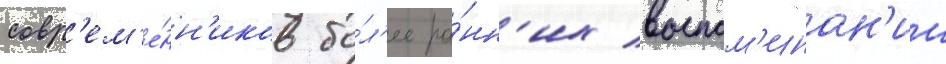
совр'ем'е́нн'иков бо́л'ее ра́нн'их воспом'инан'ии